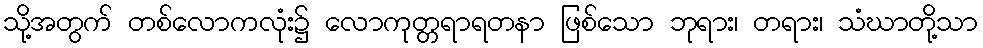
သို့အတွက် တစ်လောကလုံး၌ လောကုတ္တရာရတနာ ဖြစ်သော ဘုရား၊ တရား၊ သံဃာတို့သာ